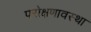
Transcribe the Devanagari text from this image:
परोक्षणावस्था